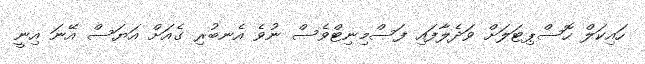
ހައިކަލް ހޮސްޕިޓަލަށް ވަދެލާފައި ފަސްމިނިޓްވެސް ނުވެ އެނބުރި ގެއަށް އަޔަސް އޭނަ އިނީ